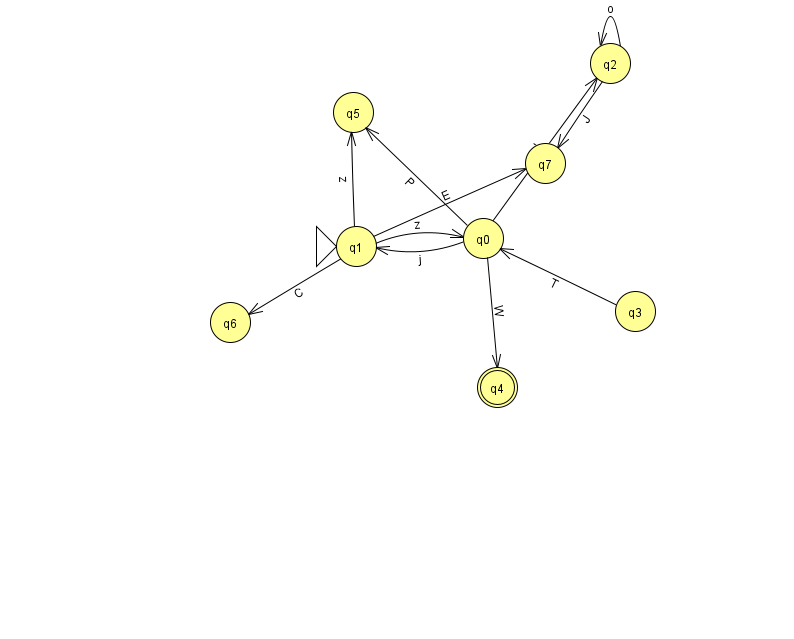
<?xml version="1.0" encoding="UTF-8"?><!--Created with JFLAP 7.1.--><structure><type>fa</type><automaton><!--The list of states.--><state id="0" name="q0"><x>483.0</x><y>225.0</y></state><state id="1" name="q1"><x>356.0</x><y>233.0</y><initial/></state><state id="2" name="q2"><x>610.0</x><y>50.0</y></state><state id="3" name="q3"><x>635.0</x><y>298.0</y></state><state id="4" name="q4"><x>497.0</x><y>374.0</y><final/></state><state id="5" name="q5"><x>353.0</x><y>99.0</y></state><state id="6" name="q6"><x>230.0</x><y>309.0</y></state><state id="7" name="q7"><x>545.0</x><y>150.0</y></state><!--The list of transitions.--><transition><from>1</from><to>6</to><read>C</read></transition><transition><from>3</from><to>0</to><read>T</read></transition><transition><from>1</from><to>7</to><read>E</read></transition><transition><from>0</from><to>1</to><read>j</read></transition><transition><from>1</from><to>0</to><read>z</read></transition><transition><from>2</from><to>7</to><read>J</read></transition><transition><from>0</from><to>2</to><read>L</read></transition><transition><from>0</from><to>5</to><read>P</read></transition><transition><from>1</from><to>5</to><read>z</read></transition><transition><from>0</from><to>4</to><read>W</read></transition><transition><from>2</from><to>2</to><read>o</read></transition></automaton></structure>